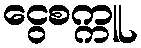
ငွေစက္ကူ